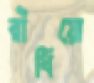
রাঁধিয়ো